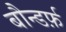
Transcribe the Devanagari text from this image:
बौन्डर्फ़